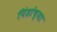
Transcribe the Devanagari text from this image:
पिंडांच्या